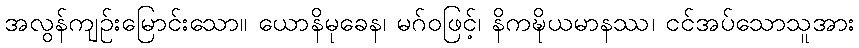
အလွန်ကျဉ်းမြောင်းသော။ ယောနိမုခေန၊ မဂ်ဝဖြင့်၊ နိကဍ္ဎိယမာနဿ၊ ငင်အပ်သောသူအား